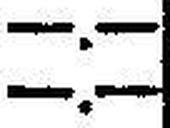
—.—